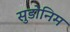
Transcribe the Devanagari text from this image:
सुडोनिम